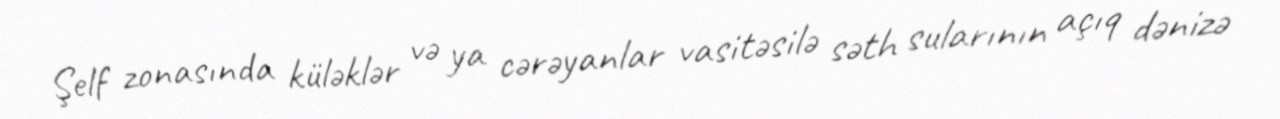
Şelf zonasında küləklər və ya cərəyanlar vasitəsilə səth sularının açıq dənizə